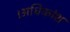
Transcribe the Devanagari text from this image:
।अधिकांश